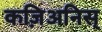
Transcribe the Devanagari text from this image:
कज़िअनिस्